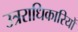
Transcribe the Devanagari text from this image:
उत्रराधिकारियों